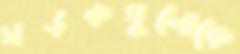
সড়কগুলোকে